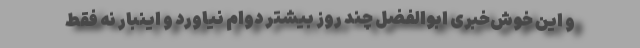
و این خوش‌خبری ابوالفضل چند روز بیشتر دوام نیاورد و اینبار نه فقط